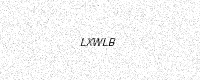
Text: LXWLB